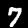
Digit: 7